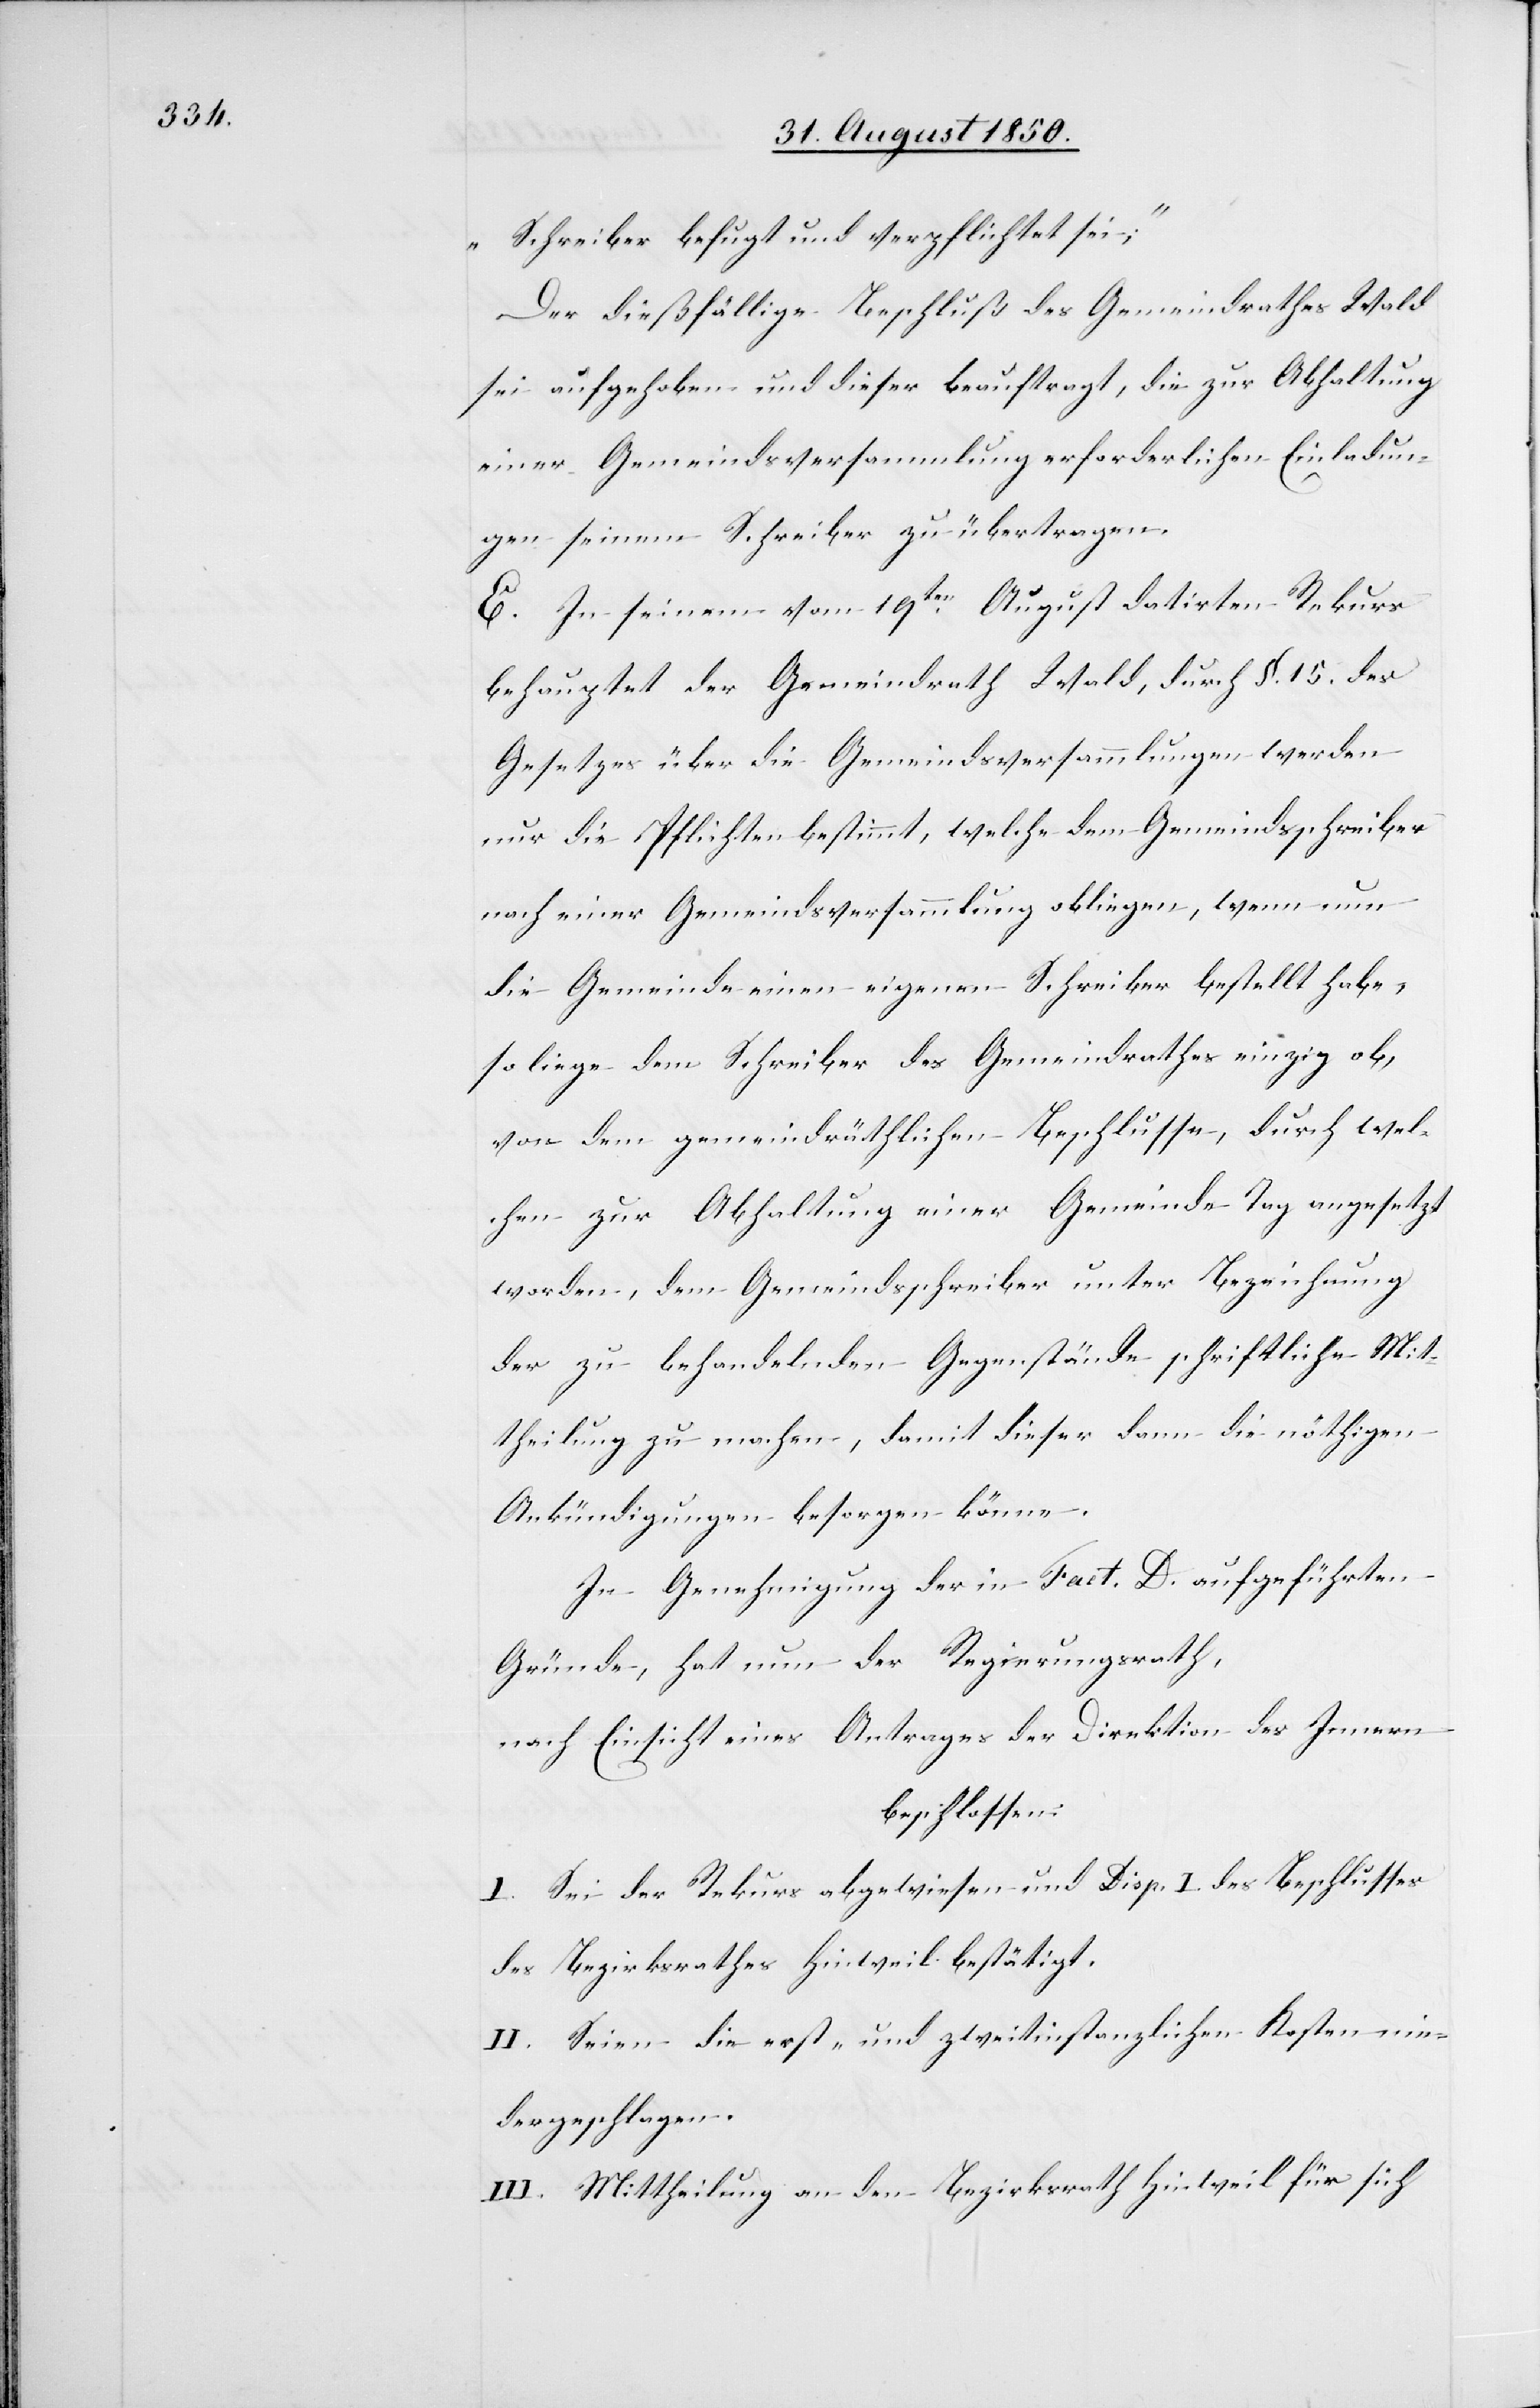
Schreiber befugt und verpflichtet sei;“
Der dießfällige Beschluß des Gemeindrathes Wald
sei aufgehoben und dieser beauftragt, die zur Abhaltung
einer Gemeindsversammlung erforderlichen Einladun¬
gen seinem Schreiber zu übertragen.
E. In seinem vom 19ten August datirten Rekurs
behauptet der Gemeindrath Wald, durch §. 15. des
Gesetzes über die Gemeindsversammlungen werden
nur die Pflichten bestimmt, welche dem Gemeindsschreiber
nach einer Gemeindsversammlung obliegen, wenn nun
die Gemeinde einen eigenen Schreiber bestellt habe,
so liege dem Schreiber des Gemeindrathes einzig ob,
von dem gemeindräthlichen Beschlusse, durch wel¬
chen zur Abhaltung einer Gemeinde Tag angesetzt
worden, dem Gemeindsschreiber unter Bezeichnung
der zu behandelnden Gegenstände schriftliche Mit¬
theilung zu machen, damit dieser dann die nöthigen
Ankündigungen besorgen könne.
In Genehmigung der in Fact. D. aufgeführten
Gründe, hat nun der Regierungsrath,
nach Einsicht eines Antrages der Direktion des Innern
beschlossen:
I. Sei der Rekurs abgewiesen und Disp. I. des Beschlusses
des Bezirksrathes Hinweil bestätigt.
II. Seien die erst- und zweitinstanzlichen Kosten nie¬
dergeschlagen.
III. Mittheilung an den Bezirksrath Hinweil für sich